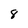
Character: 8